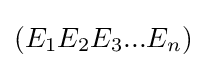
(E_{1}E_{2}E_{3}...E_{n})